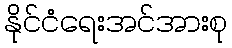
နိုင်ငံရေးအင်အားစု